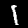
Label: 1